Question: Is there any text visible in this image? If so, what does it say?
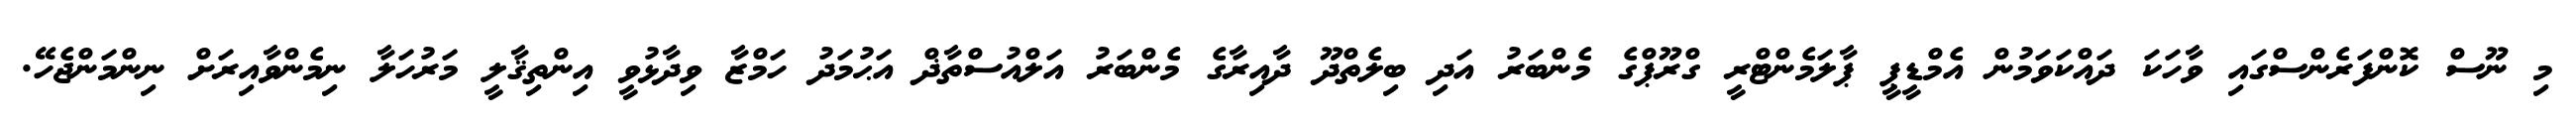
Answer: މި ނޫސް ކޮންފަރެންސްގައި ވާހަކަ ދައްކަވަމުން އެމްޑީޕީ ޕާލަމެންޓްރީ ގްރޫޕްގެ މެންބަރު އަދި ބިލެތްދޫ ދާއިރާގެ މެންބަރު އަލްއުސްތާޛް އަޙުމަދު ހަމްޒާ ވިދާޅުވީ އިންތިޤާލީ މަރުހަލާ ނިމެންވާއިރަށް ނިންމަންޖެހޭ.